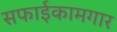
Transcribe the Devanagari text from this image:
सफाईकामगार